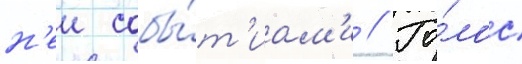
н'еи собы́т'иам'и // Го́лос